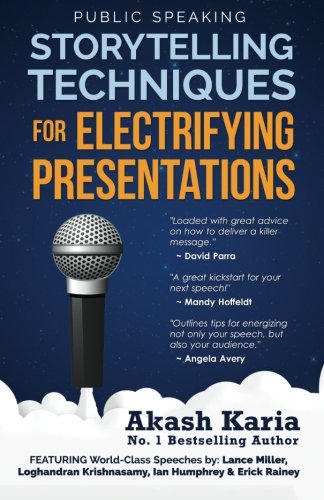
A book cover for Public Speaking: Storytelling Techniques for Electrifying Presentations; Akash Karia; Reference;